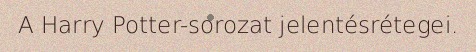
A Harry Potter-sorozat jelentésrétegei.